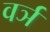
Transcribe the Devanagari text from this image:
वर्ञ